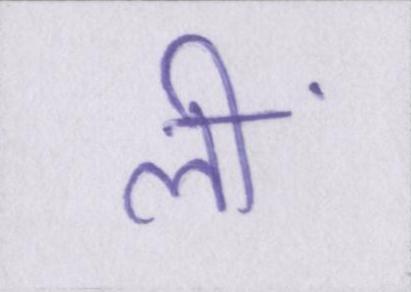
लीं